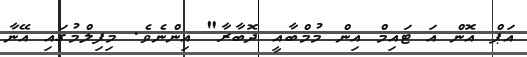
އަޕް އޮން އަ ޓައިމް އިން މުމްބާއީ ދޮބާރާ" އިންނެވެ. މިފިލްމުގައި އޭނާ